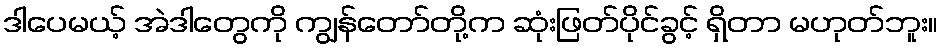
ဒါပေမယ့် အဲဒါတွေကို ကျွန်တော်တို့က ဆုံးဖြတ်ပိုင်ခွင့် ရှိတာ မဟုတ်ဘူး။